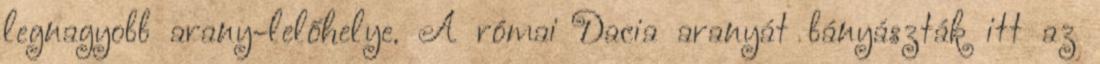
legnagyobb arany-lelőhelye. A római Dacia aranyát bányászták itt az